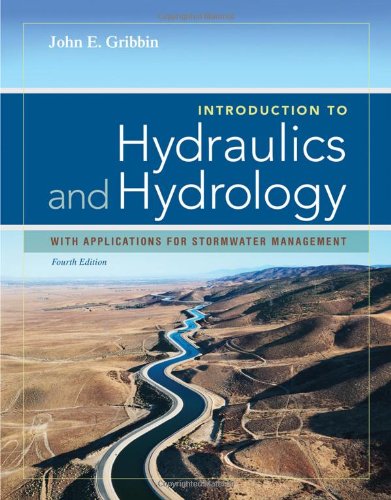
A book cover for Introduction to Hydraulics & Hydrology: With Applications for Stormwater Management; John E. Gribbin; Science & Math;